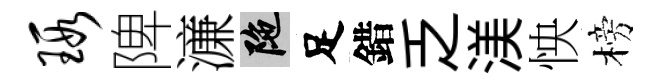
瑕陴濓陀足錯乏渼怏榜